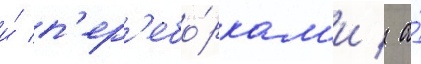
и́ п'ер'ебо́ркам'и / а́